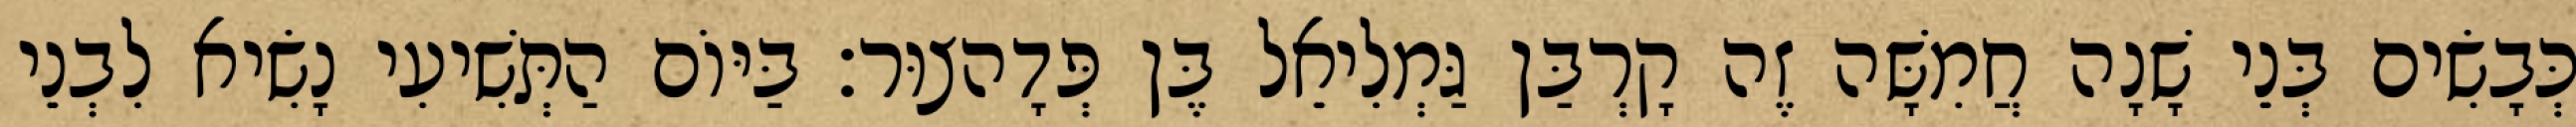
כְּבָשִׂים בְּנֵי שָׁנָה חֲמִשָּׁה זֶה קָרְבַּן גַּמְלִיאֵל בֶּן פְּדָהצוּר׃ בַּיּוֹם הַתְּשִׁיעִי נָשִׂיא לִבְנֵי